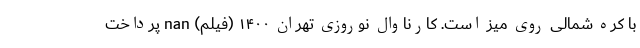
با کره شمالی روی میز است. کارناوال نوروزی تهران ۱۴۰۰ (فیلم) nan پرداخت